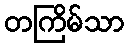
တကြိမ်သာ